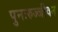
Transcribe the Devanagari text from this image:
पुनःरुज्जीवन